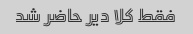
فقط کلا دیر حاضر شد